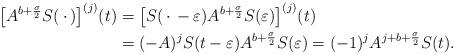
LaTeX: \begin{align*}\bigl[ A^{ b + \frac{\sigma}{2} } S(\,\cdot\,) \bigr]^{(j)}(t) &= \bigl[ S( \,\cdot\, - \varepsilon) A^{ b+ \frac{\sigma}{2} } S( \varepsilon ) \bigr]^{(j)}(t) \\ &= (-A)^j S(t-\varepsilon) A^{ b + \frac{\sigma}{2} } S(\varepsilon) = (-1)^j A^{ j + b + \frac{\sigma}{2} } S(t). \end{align*}